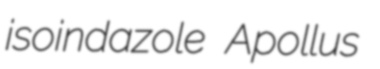
isoindazole Apollus